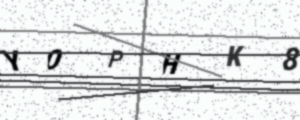
Text: Y0PHK8